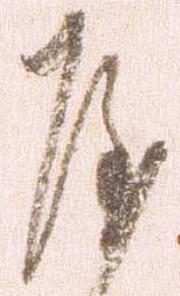
屋